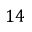
1 4